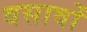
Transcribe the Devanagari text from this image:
बसावों